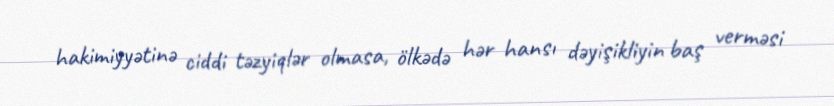
hakimiyyətinə ciddi təzyiqlər olmasa, ölkədə hər hansı dəyişikliyin baş verməsi